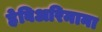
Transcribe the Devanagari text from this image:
हेबिअरिमाना